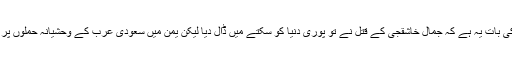
انہوں نے کہا کہ تعجب کی بات یہ ہے کہ جمال خاشقجی کے قتل نے تو پوری دنیا کو سکتے میں ڈال دیا لیکن یمن میں سعودی عرب کے وحشیانہ حملوں پر کسی کو تعجب نہیں ہوتا۔